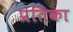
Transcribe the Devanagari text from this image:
प्रतिका